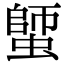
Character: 𧏍